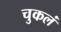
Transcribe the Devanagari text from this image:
चुकलं